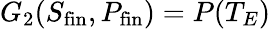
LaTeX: G_{2}(S_{\mathrm{fin}},P_{\mathrm{fin}})=P(T_{E})